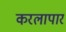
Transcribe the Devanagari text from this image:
करलापार